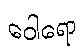
ဝေါရော